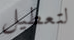
لتعطيل